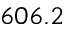
6 0 6 . 2